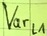
Text: Varl1